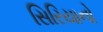
સિરિયાનો